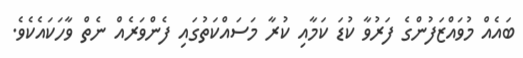
ބައެއް މުވައްޒަފުންގެ ފަރުވާ ކުޑަ ކަމާއި ކުރާ މަސައްކަތުގައި ފެންވަރެއް ނެތް ވާހަކައެކެވެ.